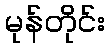
မုန်တိုင်း